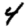
Digit: 4